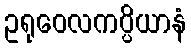
ဥရုဝေလကပ္ပိယာနံ